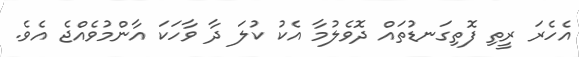
އެހެރަ ރީތި ފޮތިގަނޑުތައް ދޮވެލުމާ އެކު ކުލަ ދާ ވާހަކަ އާންމުވެއްޖެ އެވެ.